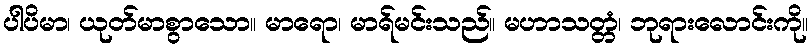
ပါပိမာ၊ ယုတ်မာစွာသော။ မာရော၊ မာရ်မင်းသည်။ မဟာသတ္တံ၊ ဘုရားလောင်းကို။